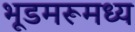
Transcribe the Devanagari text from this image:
भूडमरूमध्य